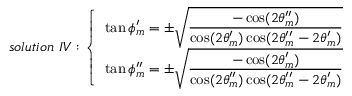
s o l u t i o n ~ I V : \left\{ \begin{array} { l } { { \tan \phi _ { m } ^ { \prime } = \pm \sqrt { { \frac { \displaystyle - \cos ( 2 \theta _ { m } ^ { \prime \prime } ) } { \displaystyle \cos ( 2 \theta _ { m } ^ { \prime } ) \cos ( 2 \theta _ { m } ^ { \prime \prime } - 2 \theta _ { m } ^ { \prime } ) } } } ~ } } \\ { { \tan \phi _ { m } ^ { \prime \prime } = \pm \sqrt { { \frac { \displaystyle - \cos ( 2 \theta _ { m } ^ { \prime } ) } { \displaystyle \cos ( 2 \theta _ { m } ^ { \prime \prime } ) \cos ( 2 \theta _ { m } ^ { \prime \prime } - 2 \theta _ { m } ^ { \prime } ) } } } ~ } } \end{array} \right.